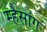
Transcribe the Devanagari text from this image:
म्हैसांग